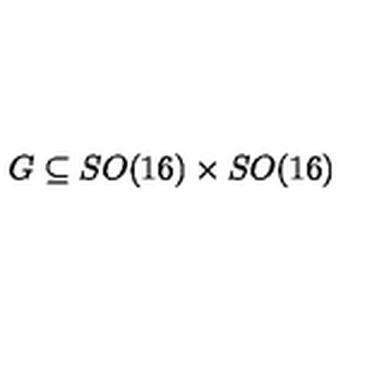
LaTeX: G \subseteq S O ( 1 6 ) \times S O ( 1 6 )